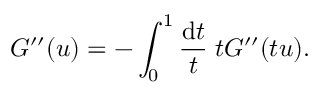
G ^ { \prime \prime } ( u ) = - \int _ { 0 } ^ { 1 } \frac { \mathrm { d } t } { t } \; t G ^ { \prime \prime } ( t u ) .